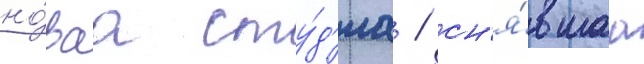
но́ваа сту́д'иа / сн'я́вшаа